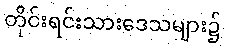
တိုင်းရင်းသားဒေသများ၌